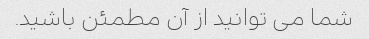
شما می توانید از آن مطمئن باشید.